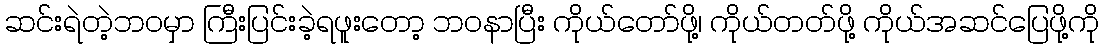
ဆင်းရဲတဲ့ဘဝမှာ ကြီးပြင်းခဲ့ရဖူးတော့ ဘဝနာပြီး ကိုယ်တော်ဖို့၊ ကိုယ်တတ်ဖို့ ကိုယ်အဆင်ပြေဖို့ကို